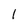
Character: l